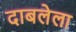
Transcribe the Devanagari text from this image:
दाबलेला